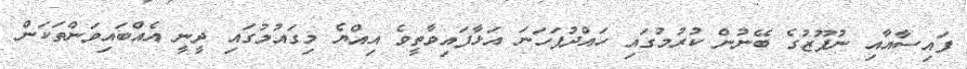
ފައިސާއާއި ނުފޫޒުގެ ބޭނުން ކުރުމުގައި ހައްދުފަހަނަ އަޅާފައިވާތީވެ އިއްޔެ މިގައުމުގައި ދީނީ އެއްބައިވަންތަކަން